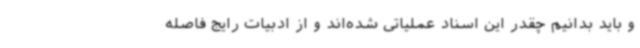
و باید بدانیم چقدر این اسناد عملیاتی شده‌اند و از ادبیات رایج فاصله